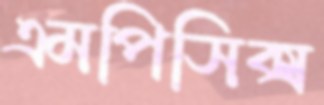
এমপিসিক্স